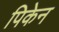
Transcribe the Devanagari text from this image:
पिकेन